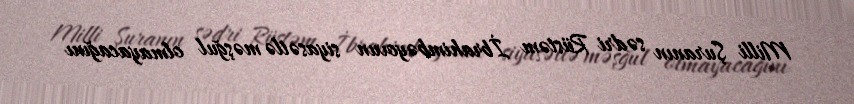
Milli Şuranın sədri Rüstəm İbrahimbəyovun siyasətlə məşğul olmayacağını